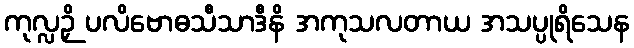
ကုလ္လဉှိ ပလိဗောဓသီသာဒီနိ အကုသလတာယ အသပ္ပုရိသေန